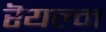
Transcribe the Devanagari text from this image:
रॆयल्म